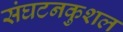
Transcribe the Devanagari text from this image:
संघटनकुशल